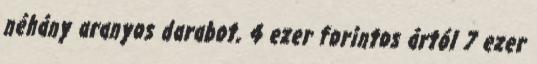
néhány aranyos darabot, 4 ezer forintos ártól 7 ezer